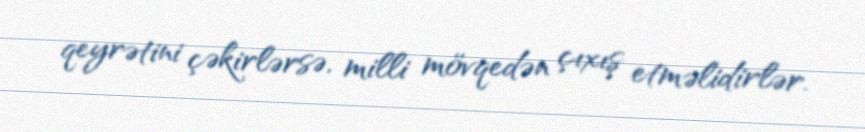
qeyrətini çəkirlərsə, milli mövqedən çıxış etməlidirlər.